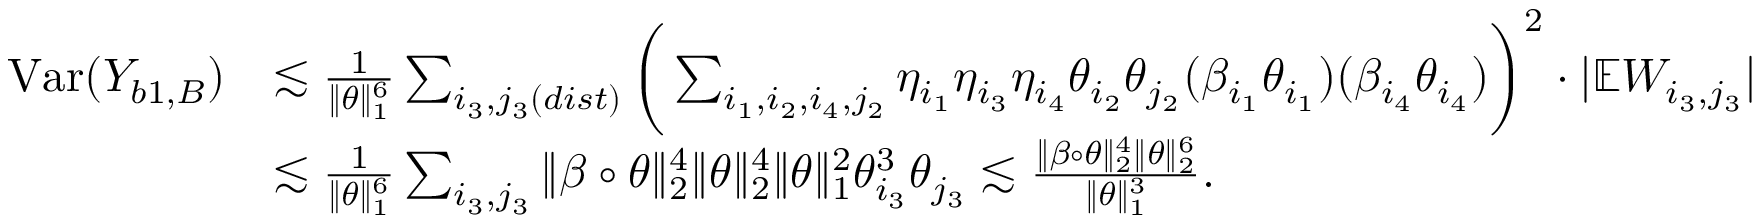
\begin{array} { r l } { \mathrm { V a r } ( Y _ { b 1 , B } ) } & { \lesssim \frac { 1 } { \| \theta \| _ { 1 } ^ { 6 } } \sum _ { i _ { 3 } , j _ { 3 } ( d i s t ) } \bigg ( \sum _ { i _ { 1 } , i _ { 2 } , i _ { 4 } , j _ { 2 } } \eta _ { i _ { 1 } } \eta _ { i _ { 3 } } \eta _ { i _ { 4 } } \theta _ { i _ { 2 } } \theta _ { j _ { 2 } } ( \beta _ { i _ { 1 } } \theta _ { i _ { 1 } } ) ( \beta _ { i _ { 4 } } \theta _ { i _ { 4 } } ) \bigg ) ^ { 2 } \cdot | \mathbb { E } W _ { i _ { 3 } , j _ { 3 } } | } \\ & { \lesssim \frac { 1 } { \| \theta \| _ { 1 } ^ { 6 } } \sum _ { i _ { 3 } , j _ { 3 } } \| \beta \circ \theta \| _ { 2 } ^ { 4 } \| \theta \| _ { 2 } ^ { 4 } \| \theta \| _ { 1 } ^ { 2 } \theta _ { i _ { 3 } } ^ { 3 } \theta _ { j _ { 3 } } \lesssim \frac { \| \beta \circ \theta \| _ { 2 } ^ { 4 } \| \theta \| _ { 2 } ^ { 6 } } { \| \theta \| _ { 1 } ^ { 3 } } . } \end{array}